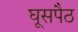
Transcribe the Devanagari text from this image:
घूसपैठ